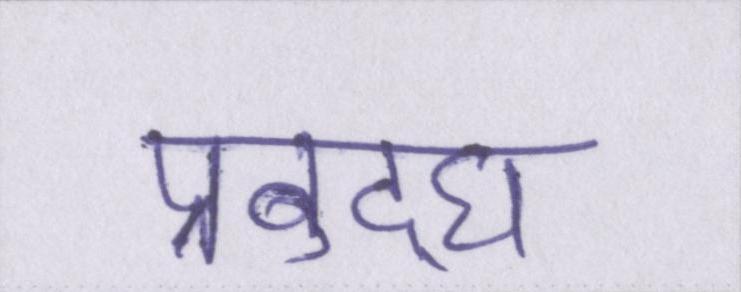
प्रबुद्घ